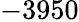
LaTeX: -3950